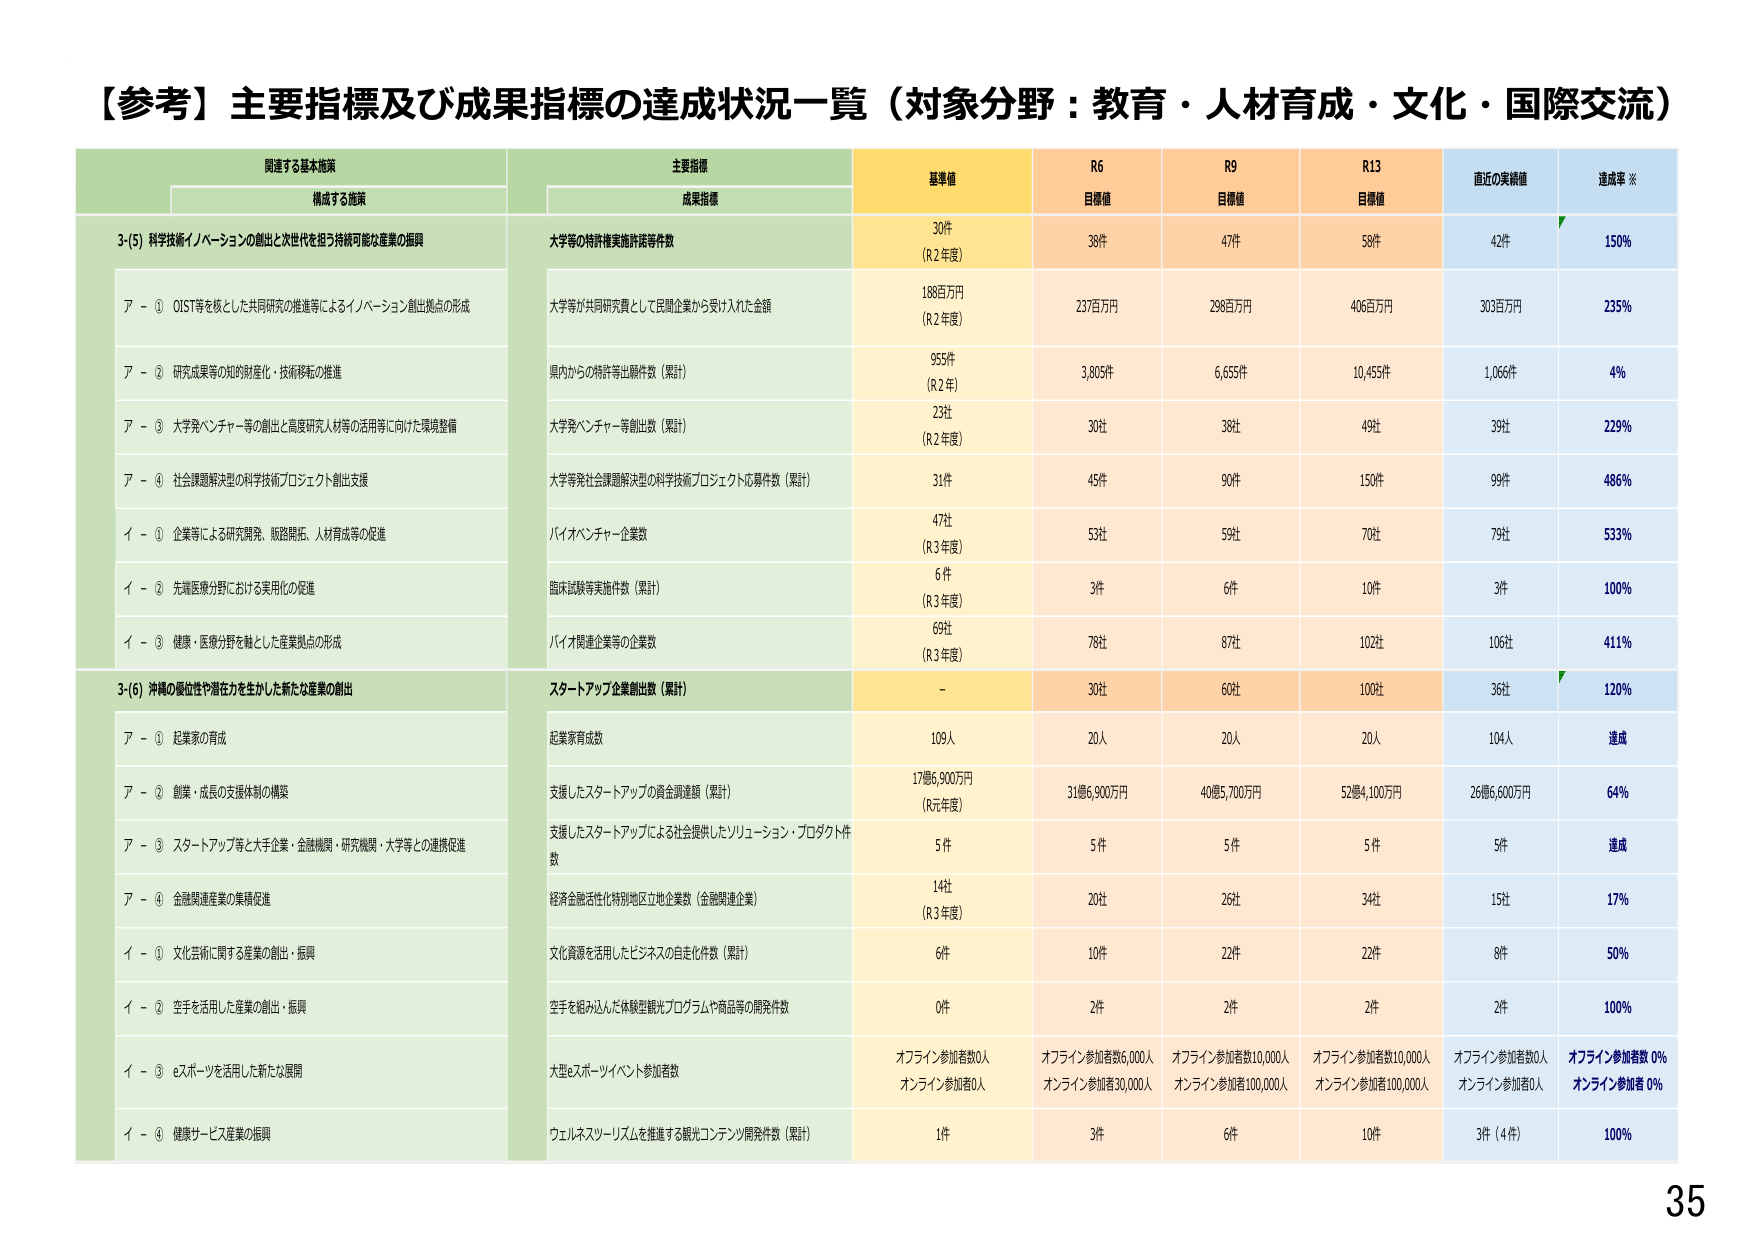
【参考】主要指標及び成果指標の達成状況一覧（対象分野：教育・人材育成・文化・国際交流）

関連する基本施策
構成する施策

主要指標
成果指標

基準値
R6
目標値
R9
目標値
R13
目標値
直近の実績値
達成率 ※

3-(5) 科学技術イノベーションの創出と次世代を担う持続可能な産業の振興

大学等の特許権実施許諾等件数
30件
（R2年度）
38件
47件
58件
42件
150%

ア - ① QIST等を核とした共同研究の推進等によるイノベーション創出拠点の形成
大学等が共同研究費として民間企業から受け入れた金額
188百万円
（R2年度）
237百万円
298百万円
406百万円
303百万円
235%

ア - ② 研究成果等の知的財産化・技術移転の推進
県内からの特許等出願件数（累計）
955件
（R2年）
3,805件
6,655件
10,455件
1,066件
4%

ア - ③ 大学発ベンチャー等の創出と高度研究人材等の活用等に向けた環境整備
大学発ベンチャー等創出数（累計）
23社
（R2年度）
30社
38社
49社
39社
229%

ア - ④ 社会課題解決型の科学技術プロジェクト創出支援
大学等社会課題解決型の科学技術プロジェクト応募件数（累計）
31件
45件
90件
150件
99件
466%

イ - ① 企業等による研究開発、販路開拓、人材育成等の促進
バイオベンチャー企業数
47社
（R3年度）
53社
59社
70社
79社
533%

イ - ② 先端医療分野における実用化の促進
臨床試験等実施件数（累計）
6件
（R3年度）
3件
6件
10件
3件
100%

イ - ③ 健康・医療分野を軸とした産業拠点の形成
バイオ関連企業等の企業数
69社
（R3年度）
78社
87社
102社
106社
411%

3-(6) 沖縄の優位性や潜在力を生かした新たな産業の創出

スタートアップ企業創出数（累計）
-
30社
60社
100社
36社
120%

ア - ① 起業家の育成
起業家育成数
109人
20人
20人
20人
104人
達成

ア - ② 創業・成長の支援体制の構築
支援したスタートアップの資金調達額（累計）
17億6,900万円
（R元年度）
31億6,900万円
40億5,700万円
52億4,100万円
26億6,600万円
64%

ア - ③ スタートアップ等と大手企業・金融機関・研究機関・大学等との連携促進
支援したスタートアップによる社会提供したソリューション・プロダクト件数
5件
5件
5件
5件
5件
達成

ア - ④ 金融関連産業の集積促進
経済金融活性化特別地区立地企業数（金融関連企業）
14社
（R3年度）
20社
26社
34社
15社
17%

イ - ① 文化芸術に関する産業の創出・振興
文化資源を活用したビジネスの自走化件数（累計）
6件
10件
22件
22件
8件
50%

イ - ② 空手を活用した産業の創出・振興
空手を組み込んだ体験型観光プログラムや商品等の開発件数
0件
2件
2件
2件
2件
100%

イ - ③ eスポーツを活用した新たな展開
大型eスポーツイベント参加者数
オフライン参加者数0人
オンライン参加者0人
オフライン参加者数6,000人
オンライン参加者30,000人
オフライン参加者数10,000人
オンライン参加者100,000人
オフライン参加者数10,000人
オンライン参加者100,000人
オフライン参加者数0人
オンライン参加者0人
オフライン参加者数 0%
オンライン参加者 0%

イ - ④ 健康サービス産業の振興
ウェルネスツーリズムを推進する観光コンテンツ開発件数（累計）
1件
3件
6件
10件
3件（4件）
100%

35